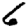
Digit: 6